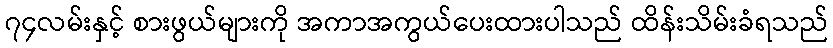
၇၄လမ်းနှင့် စားဖွယ်များကို အကာအကွယ်ပေးထားပါသည် ထိန်းသိမ်းခံရသည်